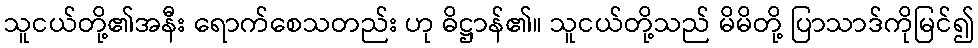
သူငယ်တို့၏အနီး ရောက်စေသတည်း ဟု ဓိဋ္ဌာန်၏။ သူငယ်တို့သည် မိမိတို့ ပြာသာဒ်ကိုမြင်၍